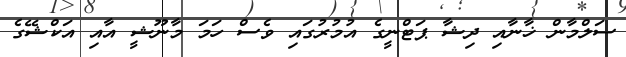
ސަލްމާން ޚާނާއި ދިޝާ ޕަޓްނީގެ އުމުރުގައި ވެސް ހަމަ މާނޫޝީ އާއި އަކްޝޭގެ